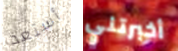
أستعد أخبرتني